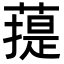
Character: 䔶